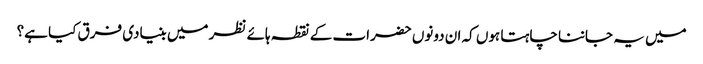
میں یہ جاننا چاہتا ہوں کہ ان دونوں حضرات کے نقطہ ہائے نظر میں بنیادی فرق کیا ہے؟